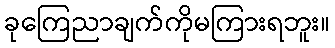
ခုကြေညာချက်ကိုမကြားရဘူး။